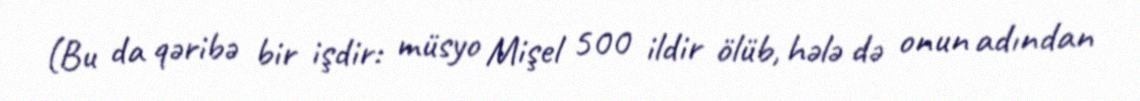
(Bu da qəribə bir işdir: müsyo Mişel 500 ildir ölüb, hələ də onun adından